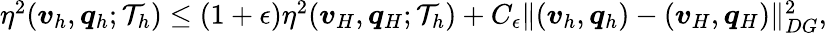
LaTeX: \begin{array}{r}{\eta^{2}(\boldsymbol{v}_{h},\boldsymbol{q}_{h};\mathcal{T}_{h})\leq(1+\epsilon)\eta^{2}(\boldsymbol{v}_{H},\boldsymbol{q}_{H};\mathcal{T}_{h})+C_{\epsilon}\| (\boldsymbol{v}_{h},\boldsymbol{q}_{h})-(\boldsymbol{v}_{H},\boldsymbol{q}_{H})\| _{DG}^{2},}\end{array}